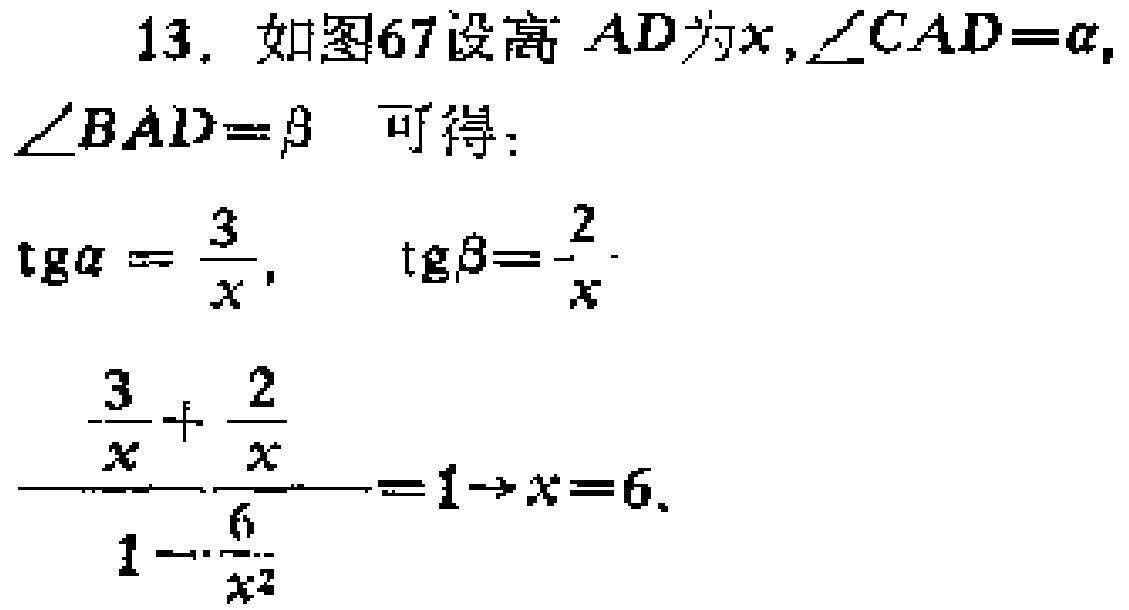
13. 如图67设高 \(AD\)为\(x\)，\(\angle CAD = \alpha\)，\(\angle BAD=\beta\) 可得：
\(\text{tg}\alpha=\frac{3}{x}\)，\(\text{tg}\beta = \frac{2}{x}\)
\(\frac{\frac{3}{x}+\frac{2}{x}}{1 - \frac{6}{x^{2}}}=1\Rightarrow x = 6\)